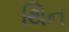
થિન